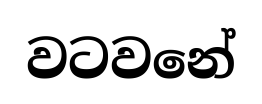
වටවනේ